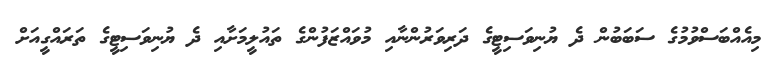
މިއެއްބަސްވުމުގެ ސަބަބުން ދެ ޔުނިވަސިޓީގެ ދަރިވަރުންނާއި މުވައްޒަފުންގެ ތައުލީމަށާއި ދެ ޔުނިވަސިޓީގެ ތަރައްގީއަށް